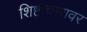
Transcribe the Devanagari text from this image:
शिष्टाचारावर